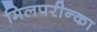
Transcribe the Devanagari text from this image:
मिलपरीन्का